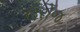
ઉરોજ